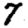
Digit: 7